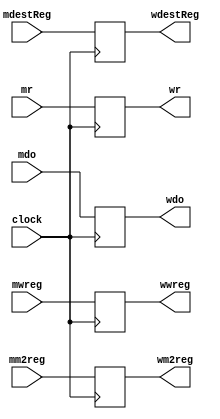
`timescale 1ns / 1ps
//////////////////////////////////////////////////////////////////////////////////
// Company: 
// Engineer: 
// 
// Design Name: 
// Module Name: MEMWB Reg
// Project Name: 
// Target Devices: 
// Tool Versions: 
// Description: 
// 
// Dependencies: 
// 
// Revision:
// Revision 0.01 - File Created
// Additional Comments:
// 
//////////////////////////////////////////////////////////////////////////////////


module MEMWB_Reg(
    input mwreg,
    input mm2reg,
    input [4:0] mdestReg,
    input [31:0] mr,
    input [31:0] mdo,
    input clock,
    
    output reg wwreg,
    output reg wm2reg,
    output reg [4:0]wdestReg,
    output reg [31:0] wr,
    output reg [31:0] wdo
    );
    
    always @(posedge clock)
    begin
        wwreg <= mwreg;
        wm2reg <= mm2reg;
        wdestReg <= mdestReg;
        wr <= mr;
        wdo <= mdo;
    end
endmodule